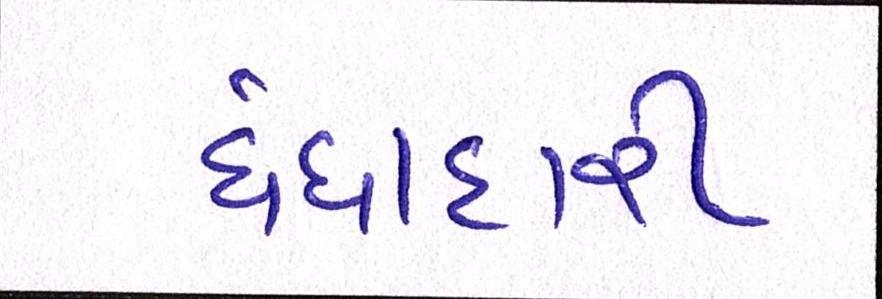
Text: ધંધાદારી